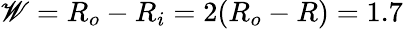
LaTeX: \mathscr{W}=R_{o}-R_{i}=2(R_{o}-R)=1.7